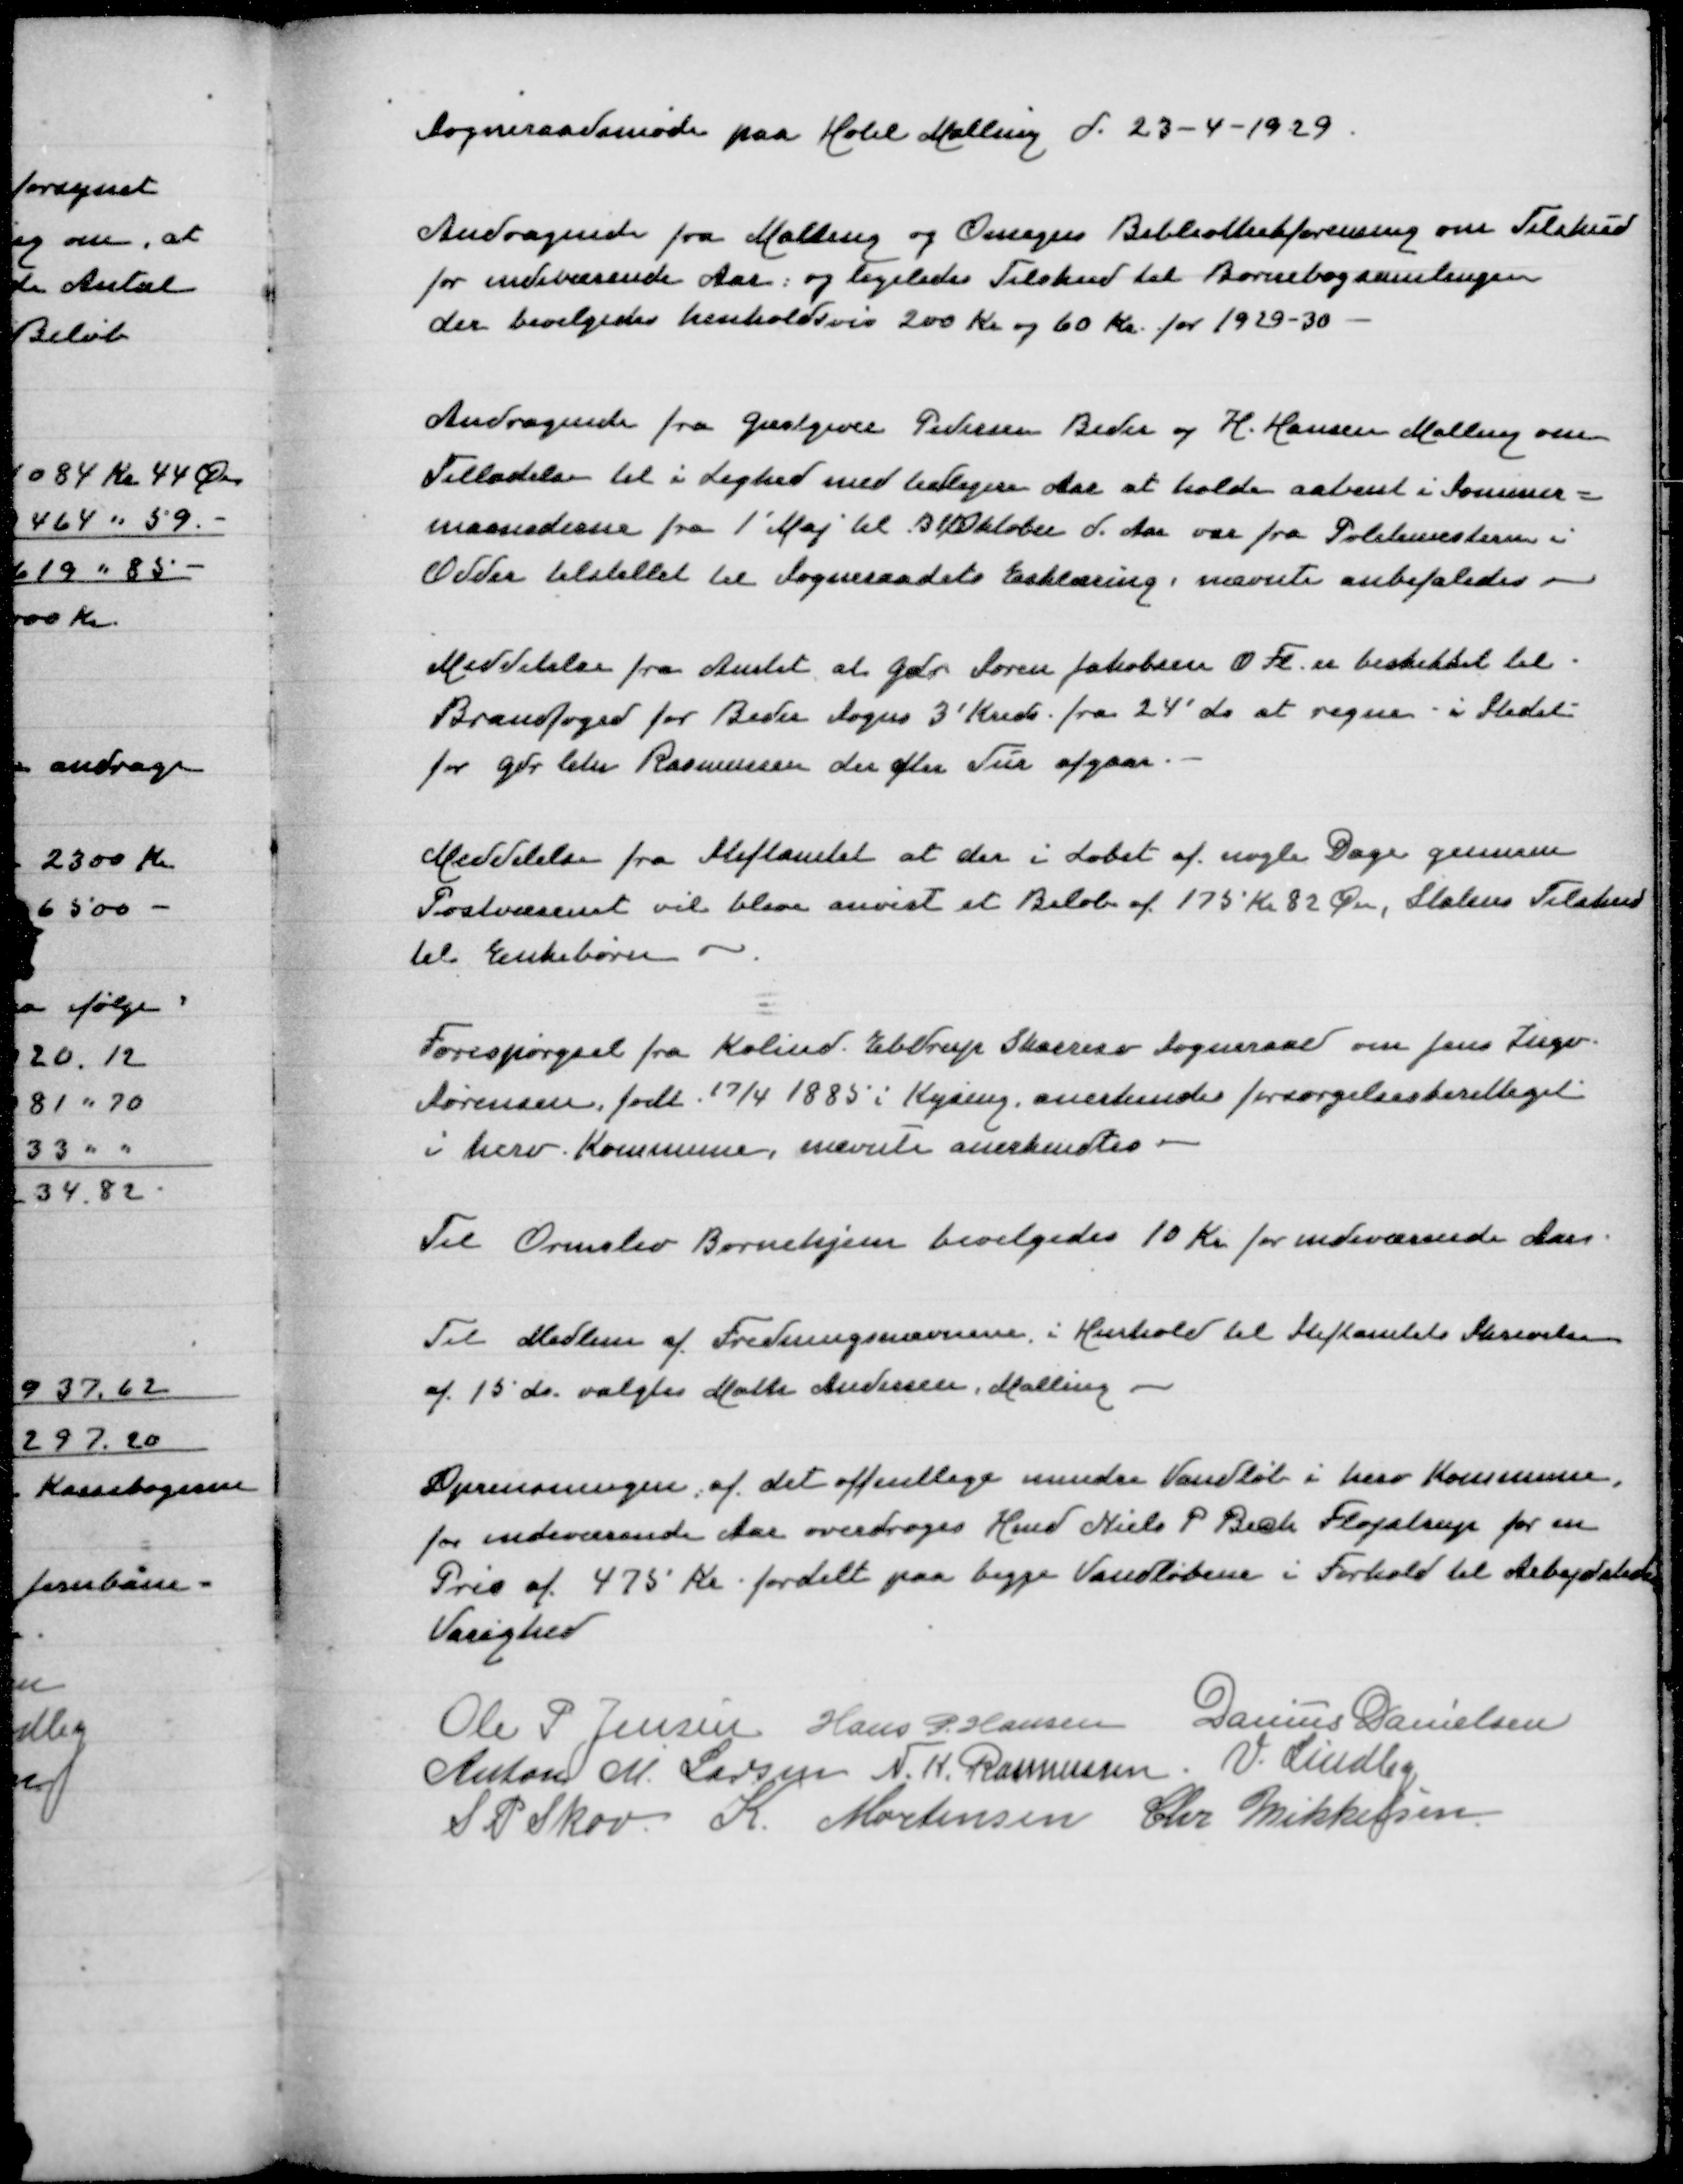
Transskription:
Sogneraadsmøde paa Hotel Malling d 23-4-1920

Andragende fra Malling pg Omegns Bibliothekforening om Tilskud
for indeværende Aar og ligeledes Tilskud til Børnebogssamlingen
der bevilgedes henholdsvis 200 Kr og 6o Kr for 1929-30

Andragende fra Gæstgiver Pedersen Beder og H Hansen Malling om
Tilladelse til i Lighed med tidligere Aar at holde aabent i Sommer=
maanederne fra 1' Maj til 3 Oktober d Aar var fra Politimesteren i
Odder tilstillet til Sogneraadets Erklæring, nævnte anbefaledes -

Meddelelse fra Amtet at Gdr Søren Jaakobsen O Fl er beskikket til
Brandfoged for Beder Sogns 3' Kreds fra 24' ds at regne i Stedet
for Gdr Chr Rasmussen der efter tur afgaar

Meddelelse fra Stiftamtet at der i Løbet af nogle Dage gennem
Postvæsenet vil blive anvist et Beløb af 175 Kr 82 Øre, Statens Tilskud
til Enkebørn

Forespørgsel fra Kolind Ebdrup Skaresø Sogneraad om Jens Ingo
Sørensen, født 17/4 1885 i Kysing anerkendes forsørgelsesberettiget
i herv Kommune, nævnte anerkendes

Til Ormslev Børnehjem bevilgedes 10 Kr for inderværende Aar

Til Medlem af Fredningsnævnene i Henhold til Stiftamtets Skrivelse
af 15 ds valgtes Malte Andersen, Malling

Oprensningen af det offentlige Vandløb i herv Kommune
for indeværende Aar overdrages Hmd Niels P Bech Fløjstrup for en
Pris af 475 Kr fordelt paa begge Vandløb i Forhold til Arbejdstidens
Varighed

Ole P Jensen
Hans P Hansen
Danius Danielsen
Anton M Larsen
N K Rasmussen
V Lindby
S P Skov
K Mortensen
Chr Mikkelsen